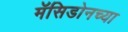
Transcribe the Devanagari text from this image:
मॅसिडोनच्या